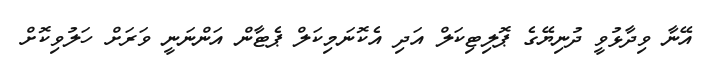
އޭނާ ވިދާޅުވީ ދުނިޔޭގެ ޕޮލިޓިކަލް އަދި އެކޮނަމިކަލް ޕެޓާން އަންނަނީ ވަރަށް ހަލުވިކޮށް